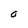
Character: O